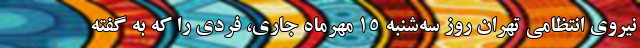
نیروی انتظامی تهران روز سه‌شنبه ۱۵ مهرماه جاری، فردی را که به گفته